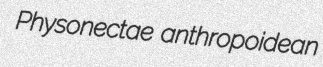
Physonectae anthropoidean